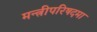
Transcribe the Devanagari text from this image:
मन्त्रीपरिषदमा